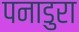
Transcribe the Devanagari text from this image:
पनाडुरा